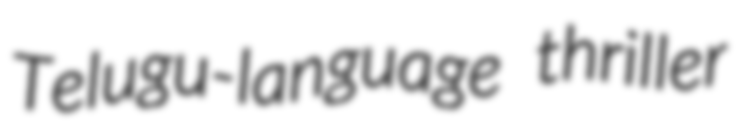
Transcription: Telugu-language thriller